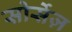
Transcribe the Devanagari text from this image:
सोर्सेज़